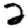
Digit: 2